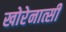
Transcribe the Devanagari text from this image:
खोरेनात्सी